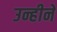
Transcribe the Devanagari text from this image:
उन्हीने